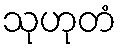
သုဟုတံ